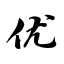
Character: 优